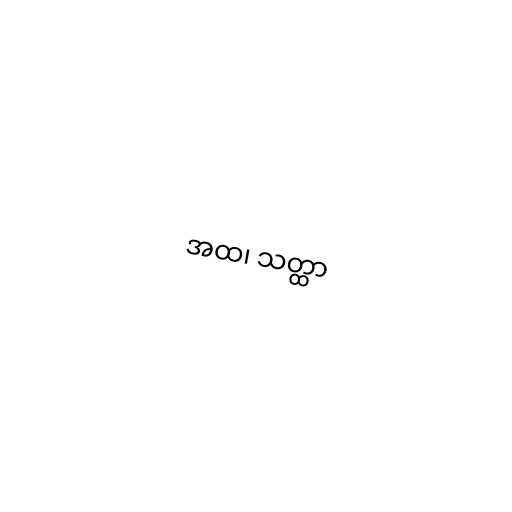
အထ၊ သတ္ထာ